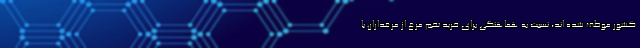
کشور موظف شده اند، نسبت به هماهنگی برای خرید تخم مرغ از مرغداران با